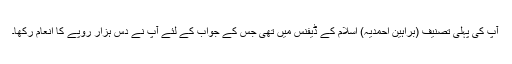
آپ کی پہلی تصنیف (براہین احمدیہ) اسلام کے ڈیفنس میں تھی جس کے جواب کے لئے آپ نے دس ہزار روپے کا انعام رکھا۔